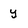
Character: y